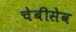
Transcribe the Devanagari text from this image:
चेबीसेव